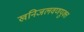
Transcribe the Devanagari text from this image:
खनिजलवणयुक्त